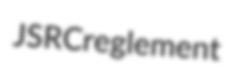
JSRC reglement